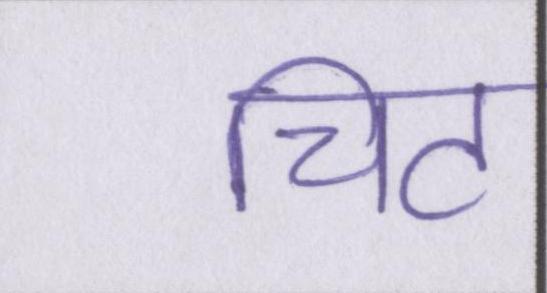
चिट